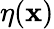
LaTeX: \eta(\boldsymbol{\mathbf{x}})